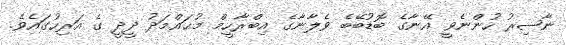
ނާޞިރު ހުންނެވީ އޭނާގެ ބޮޑުބޭބެ ވެލާނާގެ އިބްރާހީމް މުޙައްމަދު ދީދީ ގެ އަރިހުގައެވެ.